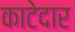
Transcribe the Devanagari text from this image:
काटेदार